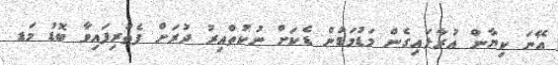
އޭނަ ކިޔާން އުރާލައިގެން މަޑުމަޑުން ޑެކަށް ނުކުތްއިރު ދުރަށް ފެތުރިފައިވާ ބޮޑު މަޑ